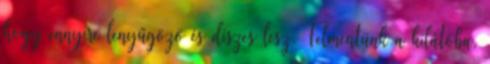
hogy ennyire lenyűgöző és díszes lesz. Felmentünk a kilátóba,